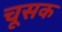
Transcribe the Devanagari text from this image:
चूसक